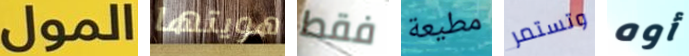
المول هويتها فقط مطيعة وتستمر أوه